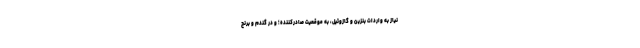
نیاز به واردات بنزین و گازوئیل، به موقعیت صادرکننده؛ و در گندم و برنج